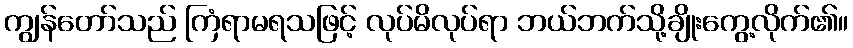
ကျွန်တော်သည် ကြံရာမရသဖြင့် လုပ်မိလုပ်ရာ ဘယ်ဘက်သို့ချိုးကွေ့လိုက်၏။